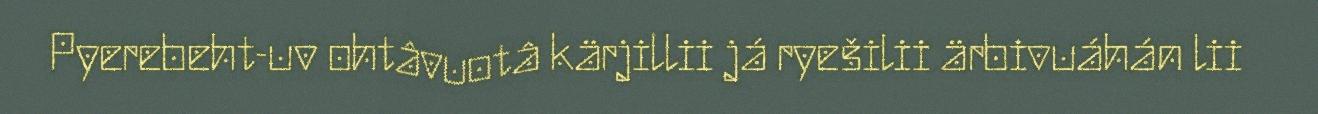
Pyerebeht-uv ohtâvuotâ kärjillii já ryešilii ärbivuáhán lii